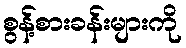
စွန့်စားခန်းများကို